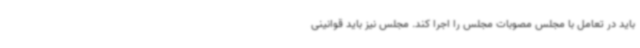
باید در تعامل با مجلس مصوبات مجلس را اجرا کند. مجلس نیز باید قوانینی